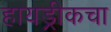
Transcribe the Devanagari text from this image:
हायड्रीकचा